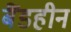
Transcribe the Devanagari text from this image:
बैंडहीन